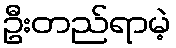
ဦးတည်ရာမဲ့